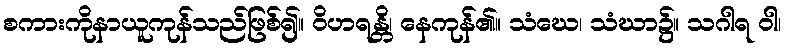
စကားကိုနာယူကုန်သည်ဖြစ်၍။ ဝိဟရန္တိ၊ နေကုန်၏။ သံဃေ၊ သံဃာ၌။ သဂါရ ဝါ၊